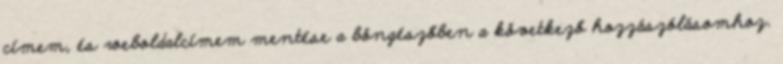
címem, és weboldalcímem mentése a böngészőben a következő hozzászólásomhoz.